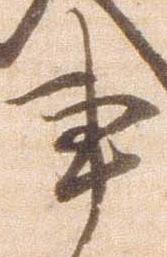
事